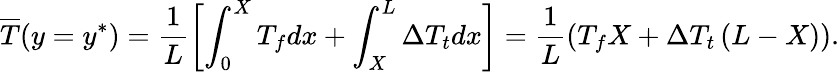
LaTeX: \overline{{T}}(y=y^{*})=\frac{1}{L}\left[\int_{0}^{X}T_{f}dx+\int_{X}^{L}\Delta T_{t}dx\right]=\frac{1}{L}\left(T_{f}X+\Delta T_{t}\left(L-X\right)\right).